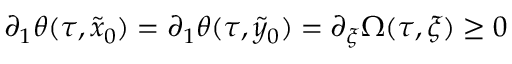
\partial _ { 1 } \theta ( \tau , \tilde { x } _ { 0 } ) = \partial _ { 1 } \theta ( \tau , \tilde { y } _ { 0 } ) = \partial _ { \xi } \Omega ( \tau , \xi ) \geq 0